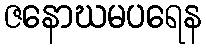
ဇနောဃမပရေန